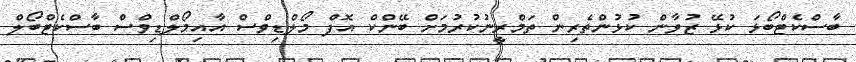
ބާސްކެޓްބޯޅަ ކުޅޭ ޒުވާން ކުޅުންތެރިން ތަމްރީނުކުރުމަށް ބޭންކް އޮފް މޯލްޑިވްސް އާއިމޯލްޑިވްސް ބާސްކެޓްބޯލް